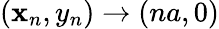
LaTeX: (\mathbf{x}_{n},y_{n})\rightarrow(na,0)